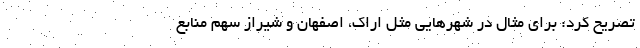
تصریح کرد: برای مثال در شهرهایی مثل اراک، اصفهان و شیراز سهم منابع